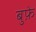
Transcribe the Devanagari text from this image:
बुफ़े